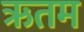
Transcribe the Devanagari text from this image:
ऋतम